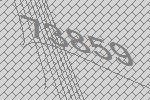
73859